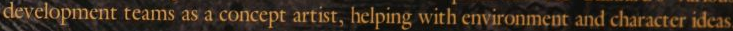
development teams as a concept artist, helping with environment and character ideas